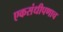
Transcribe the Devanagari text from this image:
एकसंधीपणाच